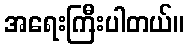
အရေးကြီးပါတယ်။